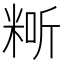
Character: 𥺐